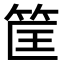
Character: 筐